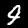
Digit: 4